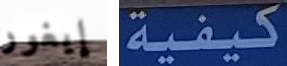
إيغور كيفية